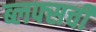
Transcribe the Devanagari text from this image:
ब्लफ्सची